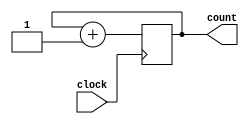
`define WIDTH 4

module adder(clock, count);

input clock;
output [`WIDTH-1:0] count;
reg [`WIDTH-1:0] count;

always @(posedge clock) begin
	count <= count + 1'b1;
end

endmodule